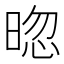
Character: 𣇤